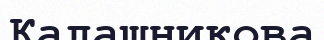
Калашникова